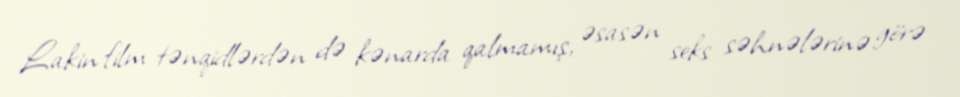
Lakin film tənqidlərdən də kənarda qalmamış, əsasən seks səhnələrinə görə